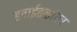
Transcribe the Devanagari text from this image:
हवाईतळांवर